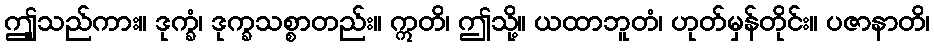
ဤူသည်ကား။ ဒုက္ခံ၊ ဒုက္ခသစ္စာတည်း။ ဣတိ၊ ဤသို့။ ယထာဘူတံ၊ ဟုတ်မှန်တိုင်း။ ပဇာနာတိ၊